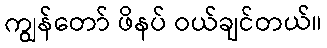
ကျွန်တော် ဖိနပ် ဝယ်ချင်တယ်။